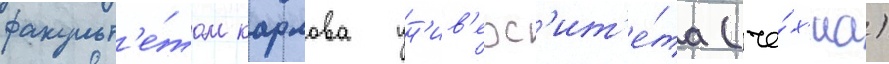
факульт'е́том карлова ун'ив'ерс'ит'е́та (че́х'иа)